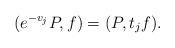
LaTeX: \begin{align*}(e^{-v_{j}}P, f)=(P, t_{j}f). \end{align*}